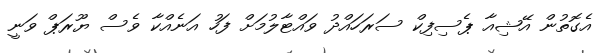
އެގޮތުން އޭޝިއާ ޕެސިފިކް ސަރަހައްދު ވައްޓާލުމަށް ފަހު އަނެއްކާ ވެސް ޔޫރަޕް ވަނީ